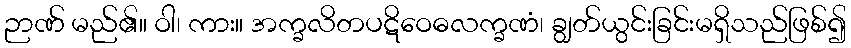
ဉာဏ် မည်၏။ ဝါ၊ ကား။ အက္ခလိတပဋိဝေဓလက္ခဏံ၊ ချွတ်ယွင်းခြင်းမရှိသည်ဖြစ်၍